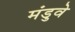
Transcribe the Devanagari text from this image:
मंडुवे